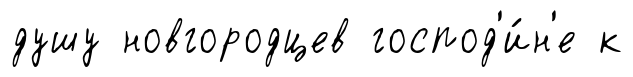
душу новгородцев господ'и́н'е к